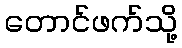
တောင်ဖက်သို့